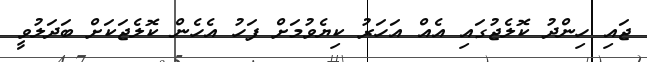
ޖައި ހިންދު ކޮލެޖުގައި އެއް އަހަރު ކިޔެވުމަށް ފަހު އެހެން ކޮލެޖަކަށް ބަދަލުވީ